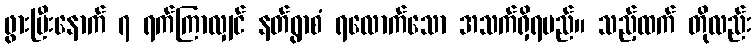
ဖွားပြီးနောက် ၇ ရက်ကြာလျှင် နတ်ရွာစံ ရလောက်သော အသက်ရှိရမည်။ သည့်ထက် တိုလည်း